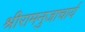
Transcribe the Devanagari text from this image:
श्रीरामनुजाचार्य